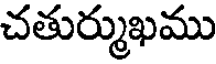
చతుర్ముఖము